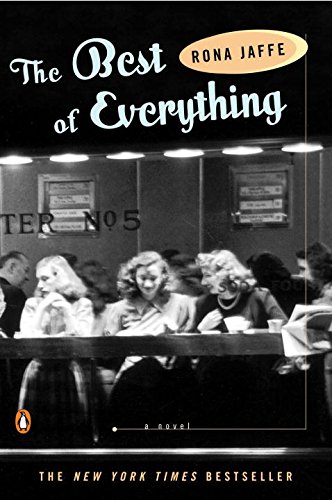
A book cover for The Best of Everything; Rona Jaffe; Literature & Fiction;